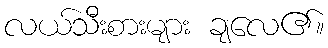
လယ်သီးစားများ ချလေ၏။